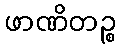
ဖာဏိတဉ္စ